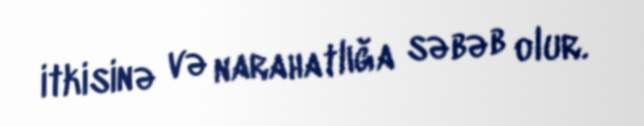
itkisinə və narahatlığa səbəb olur.